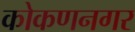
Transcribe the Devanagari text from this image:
कोकणनगर